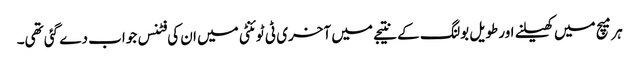
ہر میچ میں کھیلنے اور طویل بولنگ کے نتیجے میں آخری ٹی ٹوئنٹی میں ان کی فٹنس جواب دے گئی تھی۔